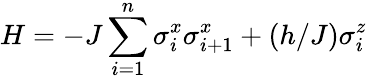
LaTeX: H=-J\sum_{i=1}^{n}\sigma_{i}^{x}\sigma_{i+1}^{x}+(h/J)\sigma_{i}^{z}